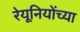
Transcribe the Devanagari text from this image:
रेयूनियोंच्या